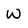
Character: w